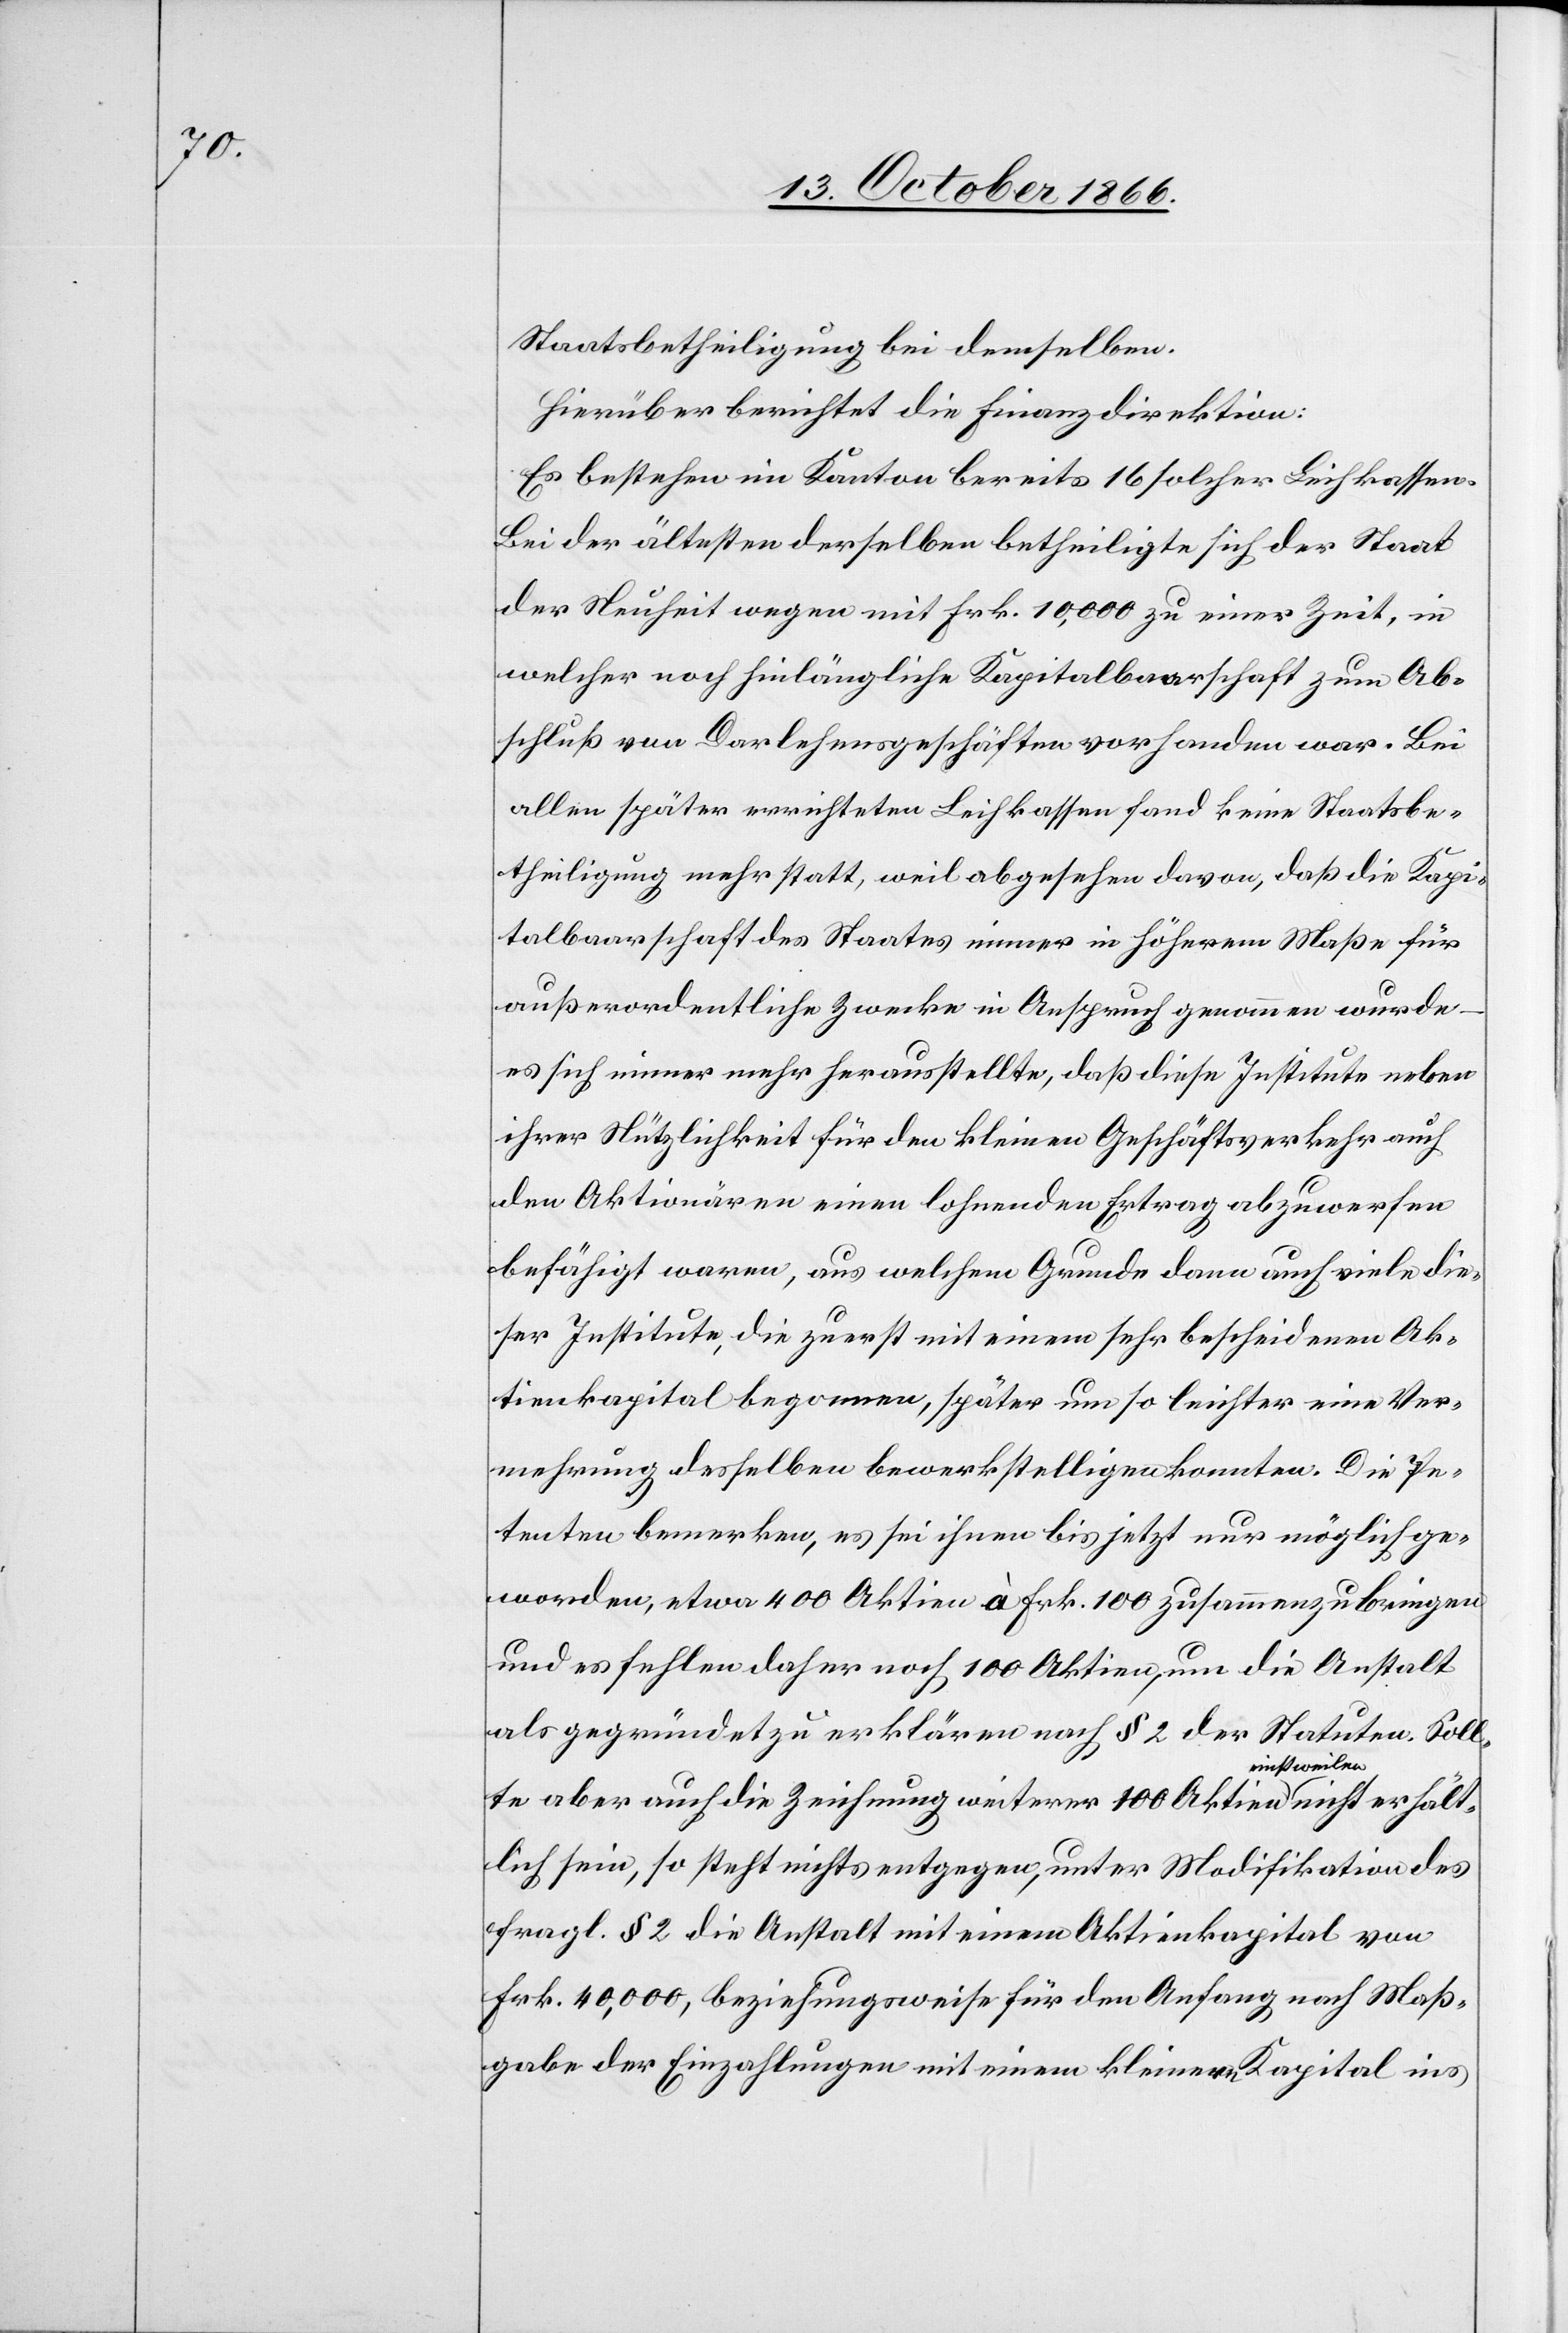
Staatsbetheiligung bei demselben.
Hierüber berichtet die Finanzdirektion:
Es bestehen im Kanton bereits 16 solcher Leihkassen.
Bei der ältesten derselben betheiligte sich der Staat
der Neuheit wegen mit Frk. 10 000 zu einer Zeit, in
welcher noch hinlängliche Kapitalbaarschaft zum Ab¬
schluß von Darlehensgeschäften vorhanden war. Bei
allen später errichteten Leihkassen fand keine Staatsbe¬
theiligung mehr statt, weil abgesehen davon, daß die Kapi¬
talbaarschaft des Staates immer in höherem Maße für
außerordentliche Zwecke in Anspruch genommen wurde
es sich immer mehr herausstellte, daß diese Institute neben
ihrer Nützlichkeit für den kleinen Geschäftsverkehr auch
den Aktionären einen lohnenden Ertrag abzuwerfen
befähigt waren, aus welchem Grunde dann auch viele die¬
ser Institute, die zuerst mit einem sehr bescheidenen Ak¬
tienkapital begonnen, später um so leichter eine Ver¬
mehrung desselben bewerkstelligen konnten. Die Pe¬
tenten bemerken, es sei ihnen bis jetzt nur möglich ge¬
worden, etwa 400 Aktien à Frk. 100 zusammenzubringen
und es fehlen daher noch 100 Aktien, um die Anstalt
als gegründet zu erklären nach § 2 der Statuten. Soll¬
te aber auch die Zeichnung weiterer 100 Aktien einstweilen nicht erhält¬
lich sein, so steht nichts entgegen, unter Modifikation des
fragl. § 2 die Anstalt mit einem Aktienkapital von
Frk. 40 000, beziehungsweise für den Anfang nach Maß¬
gabe der Einzahlungen mit einem kleinern Kapital ins